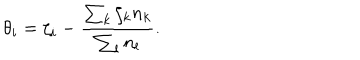
\theta _ { i } = \zeta _ { i } - \frac { \sum _ { k } \zeta _ { k } n _ { k } } { \sum _ { l } n _ { l } } .